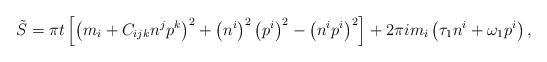
LaTeX: \begin{align*}\tilde S=\pi t \left[ \left(m_i+ C_{ijk} n^j p^k\right)^2 +\left(n^i \right)^2 \left(p^i\right)^2 -\left(n^i p^i\right)^2\right] + 2\pi i m_i \left(\tau_1 n^i+\omega_1 p^i\right) ,\end{align*}